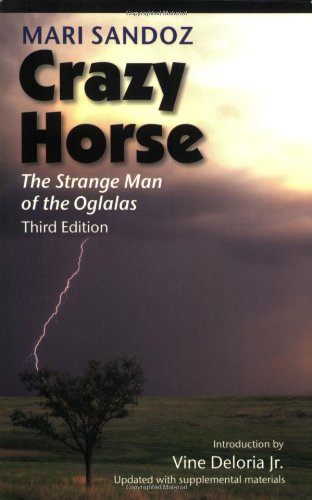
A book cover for Crazy Horse, Third Edition: The Strange Man of the Oglalas, Third Edition; Mari Sandoz; Biographies & Memoirs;